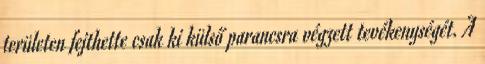
területen fejthette csak ki külső parancsra végzett tevékenységét. A